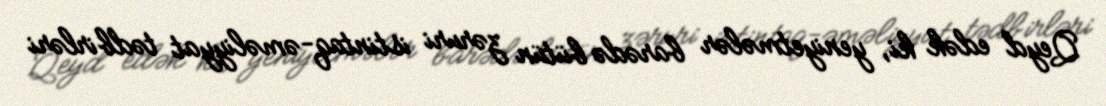
Qeyd edək ki, yeniyetmələr barədə bütün zəruri istintaq-əməliyyat tədbirləri